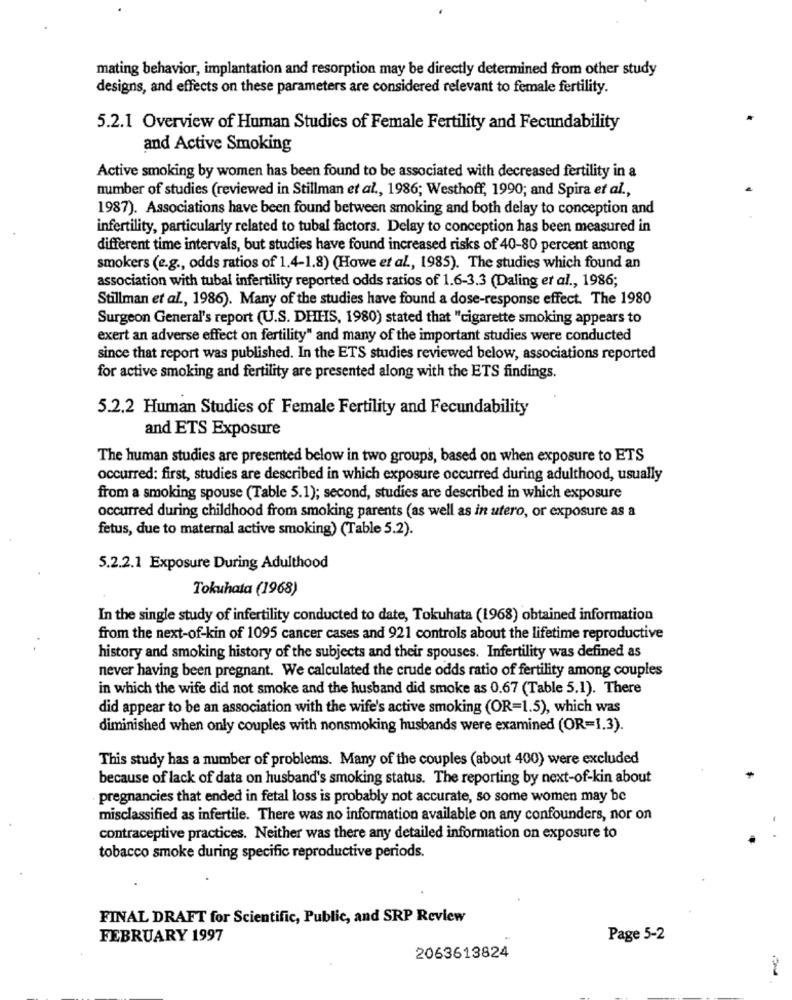
mating behavior, implantation and resorption may be directly determined from other study
designs, and effects on these parameters are considered relevant to female fertility.
5.2.1 Overview of Human Studies of Female Fertility and Fecundability
and Active Smoking
Active smoking by women has been found to be associated with decreased fertility in a
number of studies (reviewed in Stillman et al ., 1986; Westhoff, 1990; and Spira et al .,
1987). Associations have been found between smoking and both delay to conception and
infertility, particularly related to tubal factors. Delay to conception has been measured in
different time intervals, but studies have found increased risks of 40-80 percent among
smokers (e.g ., odds ratios of 1.4-1.8) (Howe et al ., 1985). The studies which found an
association with tubal infertility reported odds ratios of 1.6-3.3 (Daling et al ., 1986;
Stillman et al ., 1986). Many of the studies have found a dose-response effect. The 1980
Surgeon General's report (U.S. DHIS, 1980) stated that "cigarette smoking appears to
exert an adverse effect on fertility" and many of the important studies were conducted
since that report was published. In the ETS studies reviewed below, associations reported
for active smoking and fertility are presented along with the ETS findings.
5.2.2 Human Studies of Female Fertility and Fecundability
and ETS Exposure
The human studies are presented below in two groups, based on when exposure to ETS
occurred: first, studies are described in which exposure occurred during adulthood, usually
from a smoking spouse (Table 5.1); second, studies are described in which exposure
occurred during childhood from smoking parents (as well as in utero, or exposure as a
fetus, due to maternal active smoking) (Table 5.2).
5.2.2.1 Exposure During Adulthood
Tokuhata (1968)
In the single study of infertility conducted to date, Tokuhata (1968) obtained information
from the next-of-kin of 1095 cancer cases and 921 controls about the lifetime reproductive
history and smoking history of the subjects and their spouses. Infertility was defined as
never having been pregnant. We calculated the crude odds ratio of fertility among couples
in which the wife did not smoke and the husband did smoke as 0.67 (Table 5.1). There
did appear to be an association with the wife's active smoking (OR=1.5), which was
diminished when only couples with nonsmoking husbands were examined (OR=1.3).
This study has a number of problems. Many of the couples (about 400) were excluded
because of lack of data on husband's smoking status. The reporting by next-of-kin about
pregnancies that ended in fetal loss is probably not accurate, so some women may be
misclassified as infertile. There was no information available on any confounders, nor on
contraceptive practices. Neither was there any detailed information on exposure to
tobacco smoke during specific reproductive periods.
FINAL DRAFT for Scientific, Public, and SRP Review
FEBRUARY 1997
Page 5-2
2063613824